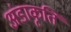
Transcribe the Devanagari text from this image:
अंडाकृति